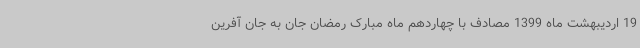
19 اردیبهشت ماه 1399 مصادف با چهاردهم ماه مبارک رمضان جان به جان آفرین